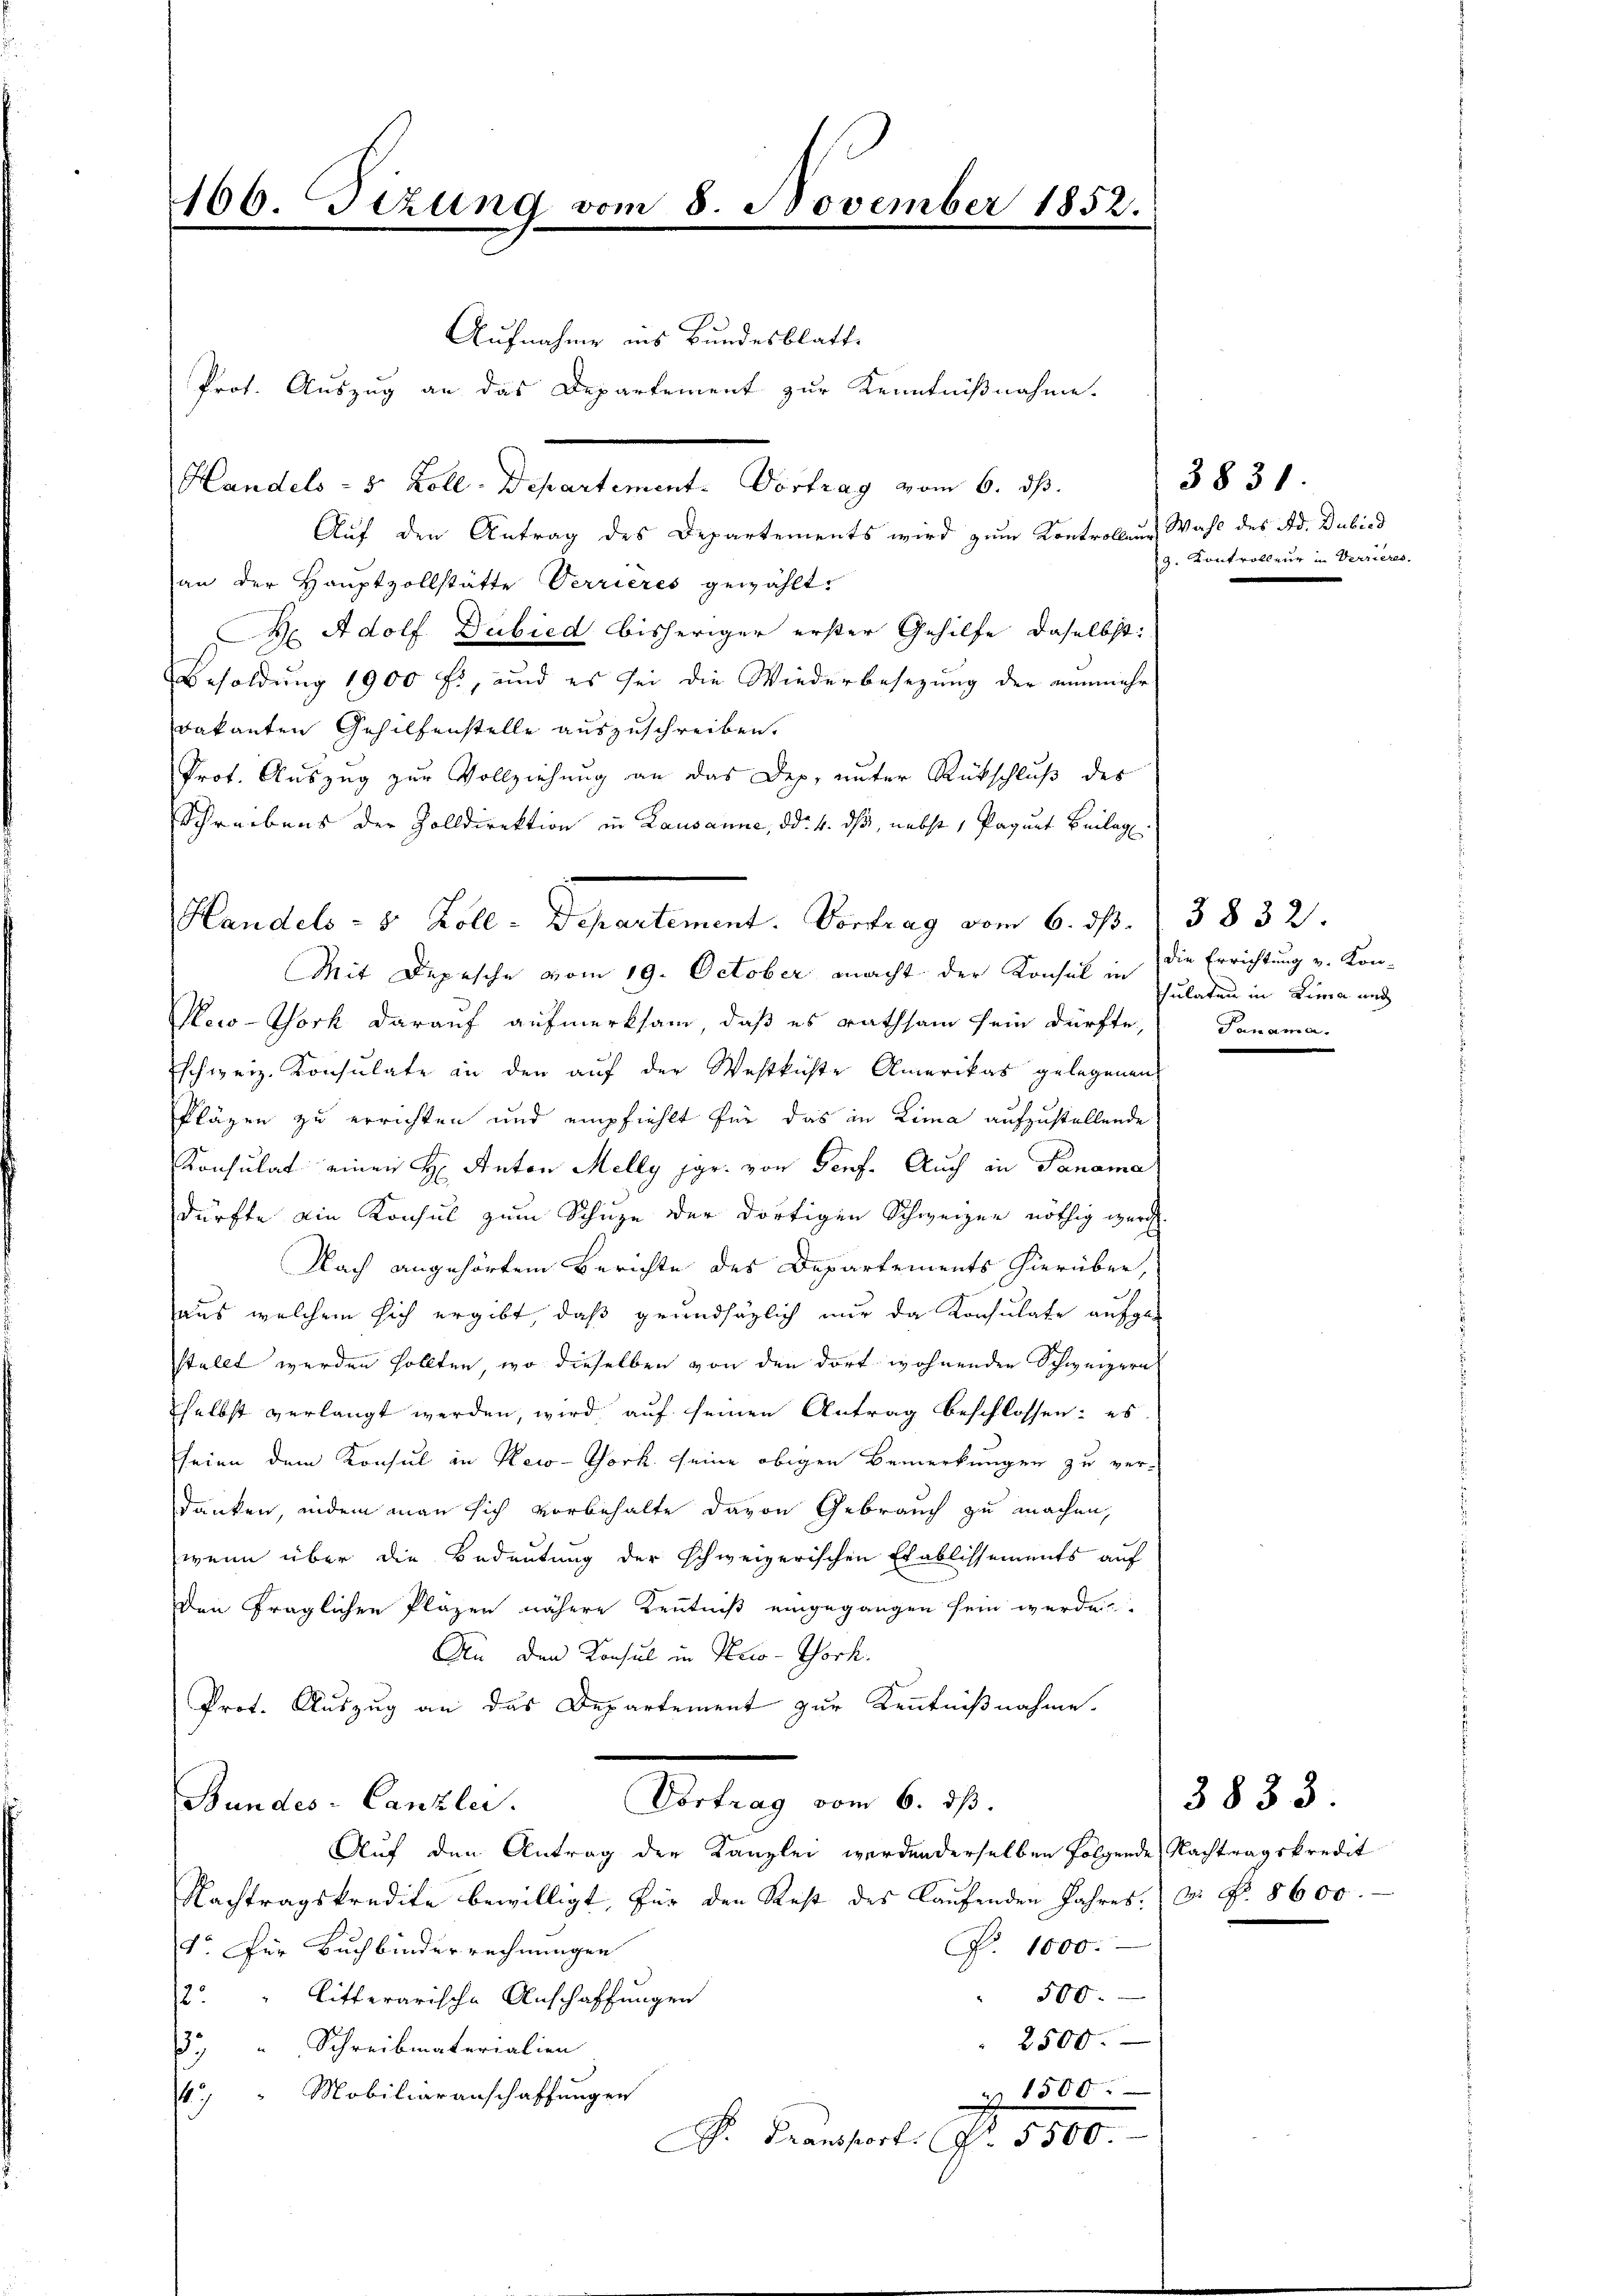
166. Fizung vom 8. November 1852.
.

Aufnahme ins Bundesblatt.
Handels- 5 Zoll-Departement. Vortrag vom 6. ds.
Auf den Antrag des Departements wird zum Kontrollene Wahl des Ad. Dubied
an der Hauptzollstätte Verrières gewählt:
H Adolf Dubied bisheriger erster Gehilfe daselbst:
Besoldung 1900 f., und es sei die Wiederbesezung der nunmehr
dakanten Gehilfenstelle auszuschreiben.
Prot. Auszug zur Vollziehung an das Dep. unter Rütschluß des
Schreibens der Zolldirektion in Lausanne, ddo. 4. ds, nebst, Paquet Beilag
Mit Depesche vom 19. October macht der Konsul in die Errichtung v. Kon-
Mow-York darauf aufmerksam, daß es rathsam sein dürfte,
schweiz. Konsulate an den auf der Westkichte Amerikas gelegenen
Pläzen zu errichten und empfiehlt für das in Lima aufzustellende
Konsulat einen H: Anton Melly jgr. von Seef. Auch in Panama
dürfte ain Konsul zum Schuze der dortigen Schweizer nöthig wurd
Nach angehörtem Berichte des Departements hierüber,
aus welchem sich ergibt, daß grundsätzlich nur da Konsulate aufgestellt werden sollten, wo dieselben von den dort wohnenden Schweizern
selbst verlangt werden, wird auf seinen Antrag beschlossen: es
seien dem Konsul in New-York seine obigen Bemerkungen zu verdanken, indem man sich vorbehalte davon Gebrauch zu machen,
wenn über die Bedeutung der schweizerischen Etablissements auf
den fraglichen Pläzen nähere Kenntniß eingegangen sein werden
An den Konsul in Necco-Thock.
Prot. Auszug an das Departement zur Kenntnißnahme.
Vortrag vom 6. ds.
Bundes-Canzlei.
Auf den Antrag der Kanzlei werdenderselben folgende Nachtragskredit
Nachtragskredite bewilligt, für den Rest des laŭfenden Jahres. 3. No. 8600.
R. 1000.
1o. Für Buchbinderrechnungen
500.
2. litterarische Anschaffungen
2500.
. Schreibmaterialien
4 " Mobiliaranschaffungen
 1500.
P. Fransport No. 5500.

Handels - 5 Zoll - Departement. Vortrag vom 6. d. 13832.

Prot. Auszug an das Departement zur Kenntnißnahme.

3831
9. Kontrolleur in Verrieres.

Thulaten in Lina und
Panama.

3833.